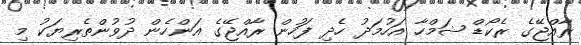
ރާއްޖޭގެ ރެކޯޑް ޝަމްހާ އަހުމަދު ހެދި ފަހުން ރާއްޖޭގެ އަންހެން ދުވުންތެރިޔަކު މި